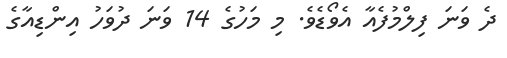
ދެ ވަނަ ފިލްމުފެއާ އެވޯޑެވެ. މި މަހުގެ 14 ވަނަ ދުވަހު އިންޑިއާގެ